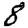
Digit: 8